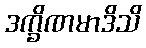
ဒက္ခိဏမာဒိသိ